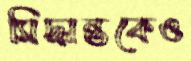
সিদ্ধান্তকেও